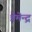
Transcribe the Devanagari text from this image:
प्रेमेन्द्र